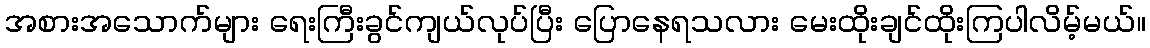
အစားအသောက်များ ရေးကြီးခွင်ကျယ်လုပ်ပြီး ပြောနေရသလား မေးထိုးချင်ထိုးကြပါလိမ့်မယ်။